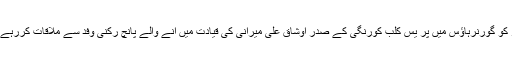
وہ پیر کو گورنرہاؤس میں پر یس کلب کورنگی کے صدر اوشاق علی میرانی کی قیادت میں آنے والے پانچ رکنی وفد سے ملاقات کررہے تھے۔